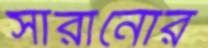
সারানোর